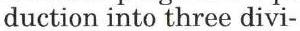
duction into three divi-